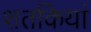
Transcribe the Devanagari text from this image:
शतकियां